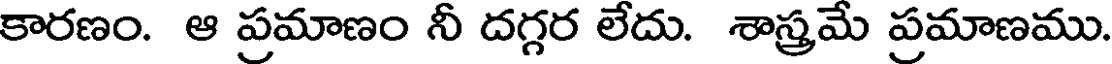
కారణం. ఆ ప్రమాణం నీ దగ్గర లేదు. శాస్త్రమే ప్రమాణము.